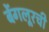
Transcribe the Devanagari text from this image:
बेंगलूरची